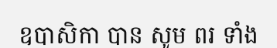
ឧបាសិកា បាន សូម ពរ ទាំង